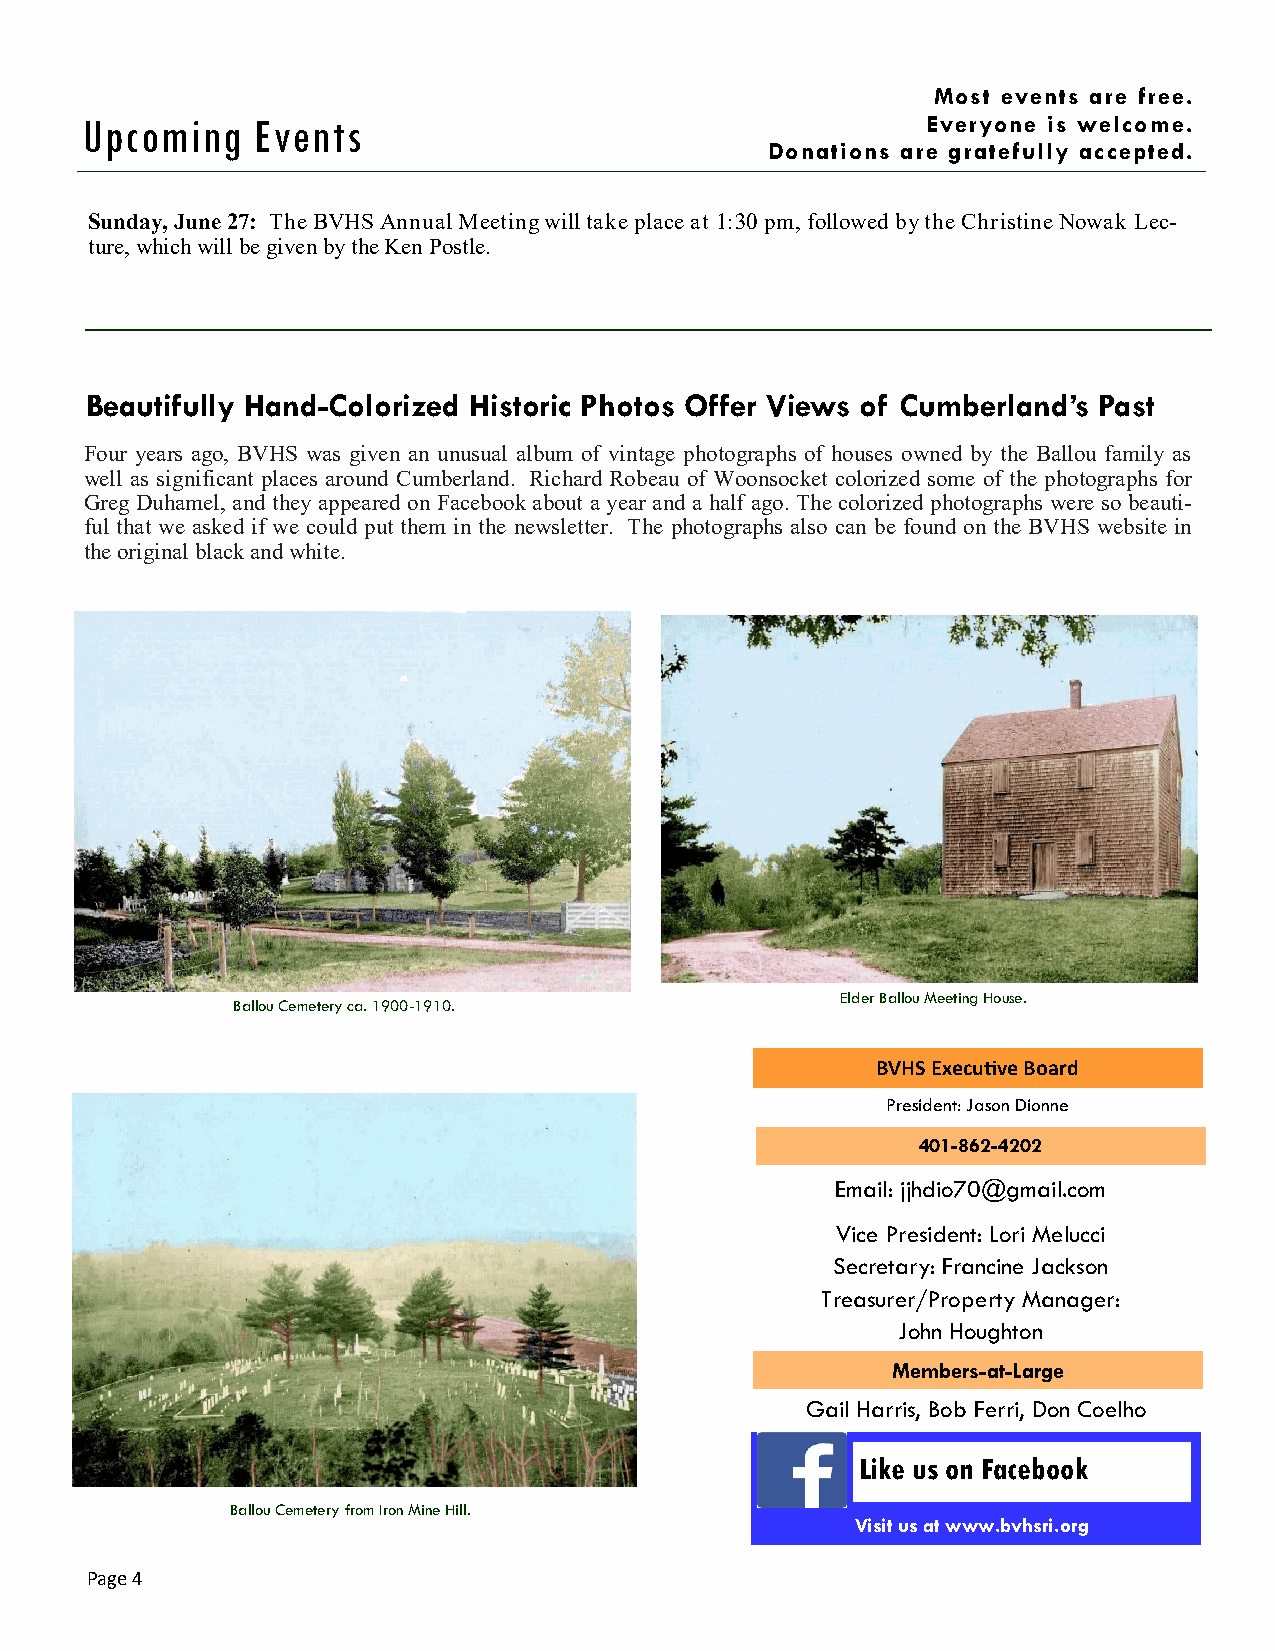
Most events are free.
 Upcoming    Events                                      Everyone is welcome.
 Donations are gratefully accepted.
 Sunday, June 27: The BVHS Annual Meeting will take place at 1:30 pm, followed by the Christine Nowak Lec-
 ture, which will be given by the Ken Postle.
 Beautifully Hand-Colorized Historic Photos Offer Views of Cumberland’s Past
 Four years ago, BVHS was given an unusual album of vintage photographs of houses owned by the Ballou family as
 well as significant places around Cumberland. Richard Robeau of Woonsocket colorized some of the photographs for
 Greg Duhamel, and they appeared on Facebook about a year and a half ago. The colorized photographs were so beauti-
 ful that we asked if we could put them in the newsletter. The photographs also can be found on the BVHS website in
 the original black and white.
 Elder Ballou Meeting House.
 Ballou Cemetery ca. 1900-1910.
 BVHS Execu/ve Board
 President: Jason Dionne
 401-862-4202
 Email: jjhdio70@gmail.com
 Vice President: Lori Melucci
 Secretary: Francine Jackson
 Treasurer/Property Manager:
 John Houghton
 Members-at-Large
 Gail Harris, Bob Ferri, Don Coelho
 Like us on Facebook
 Ballou Cemetery from Iron Mine Hill.
 Visit us at www.bvhsri.org
 Page 4